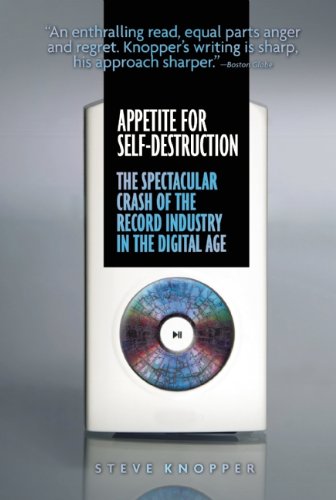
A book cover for Appetite for Self-Destruction: The Spectacular Crash of the Record Industry in the Digital Age; Steve Knopper; Arts & Photography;